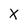
Character: X